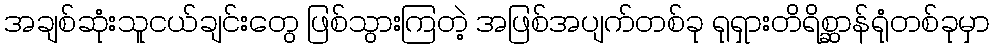
အချစ်ဆုံးသူငယ်ချင်းတွေ ဖြစ်သွားကြတဲ့ အဖြစ်အပျက်တစ်ခု ရုရှားတိရိစ္ဆာန်ရုံတစ်ခုမှာ